Scottish Certificate of Education, 1962
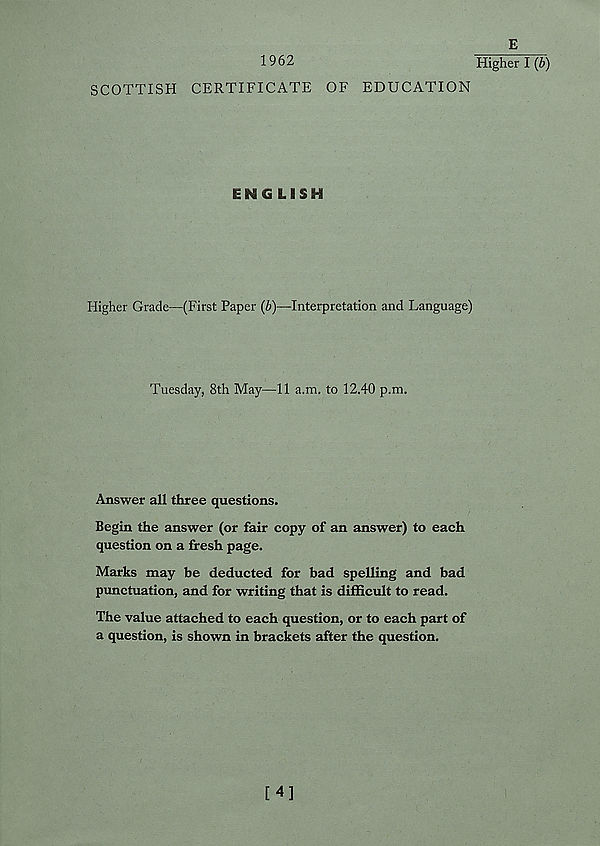
1962
SCOTTISH CERTIFICATE OF EDUCATION
ENGLISH
Higher Grade—(First Paper (b)—Interpretation and Language)
Tuesday, 8th May—-11 a.m. to 12.40 p.m.
Answer all three questions.
Begin the answer (or fair copy of an answer) to each
question on a fresh page.
Marks may be deducted for bad spelling and bad
punctuation, and for writing that is difficult to read.
The value attached to each question, or to each part of
a question, is shown in brackets after the question.
E
Higher I (b)
[4]